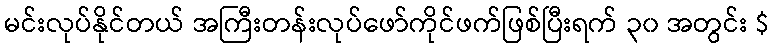
မင်းလုပ်နိုင်တယ် အကြီးတန်းလုပ်ဖော်ကိုင်ဖက်ဖြစ်ပြီးရက် ၃၀ အတွင်း $